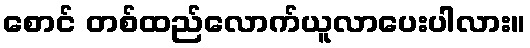
စောင် တစ်ထည်လောက်ယူလာပေးပါလား။